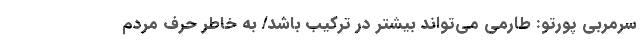
سرمربی پورتو: طارمی می‌تواند بیشتر در ترکیب باشد/ به خاطر حرف مردم